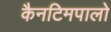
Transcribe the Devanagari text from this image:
कैनटिमपालो